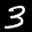
Label: 3